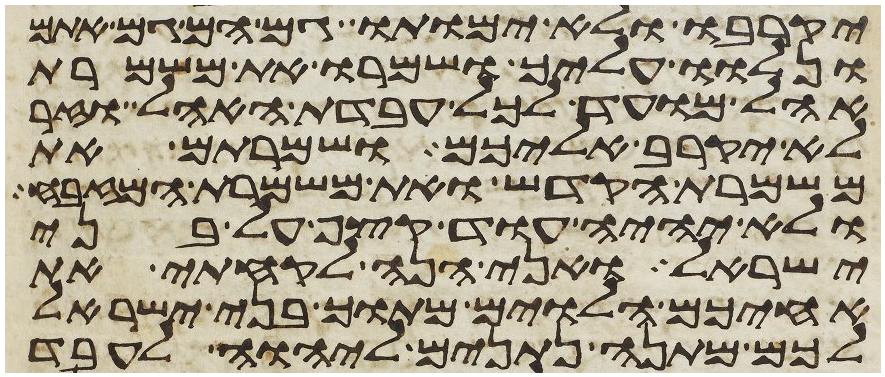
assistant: יקרבו ולא ימותו גם הם גם אתם
ונלוו עליך ושמרו את משמרת
אהל מועד לכל עבדת האהל וזר
לא יקרב אליכם ושמרתם את
משמרת הקדש ואת משמרת המזבח
ולא יהיה עוד קצף על בני
ישראל ואני הנה לקחתי את
אחיכם הלוים מתוך בני ישראל
לכם מתנה נתנים ליהוה לעבד